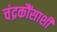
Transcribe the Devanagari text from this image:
चंद्रकौंसाशी